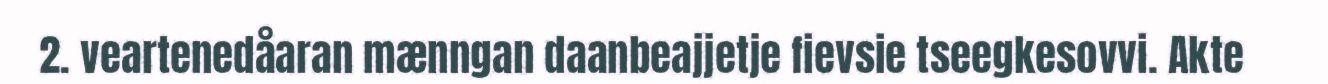
2. veartenedåaran mænngan daanbeajjetje fievsie tseegkesovvi. Akte